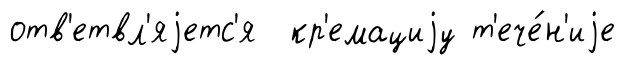
отв'етвл'яjетс'я кр'емациjу т'ече́н'иjе